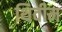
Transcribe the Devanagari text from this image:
थिवीम